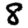
Digit: 8